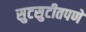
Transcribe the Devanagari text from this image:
सुटसुटीतपणे